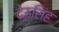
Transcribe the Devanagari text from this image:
देऊसिंह